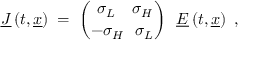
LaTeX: \underline { { { J } } } \left( t , \underline { { { x } } } \right) \; = \; { \binom { ~ \sigma _ { L } ~ ~ ~ \sigma _ { H } } { - \sigma _ { H } ~ ~ \sigma _ { L } } } ~ ~ \underline { { { E } } } \left( t , \underline { { { x } } } \right) ~ ,